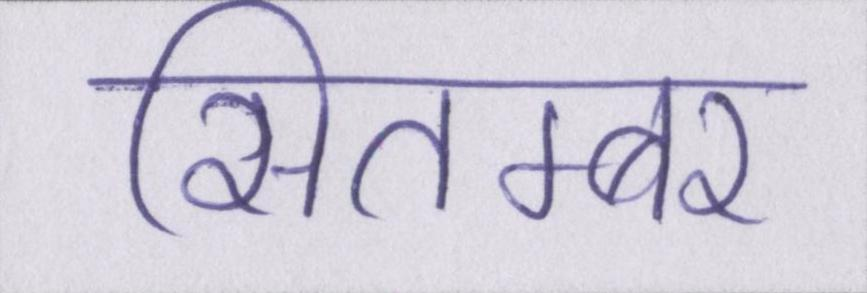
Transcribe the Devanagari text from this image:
सितम्बर